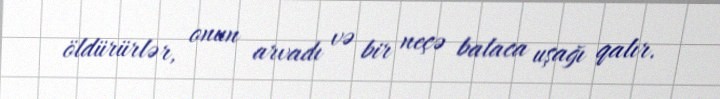
öldürürlər, onun arvadı və bir neçə balaca uşağı qalır.